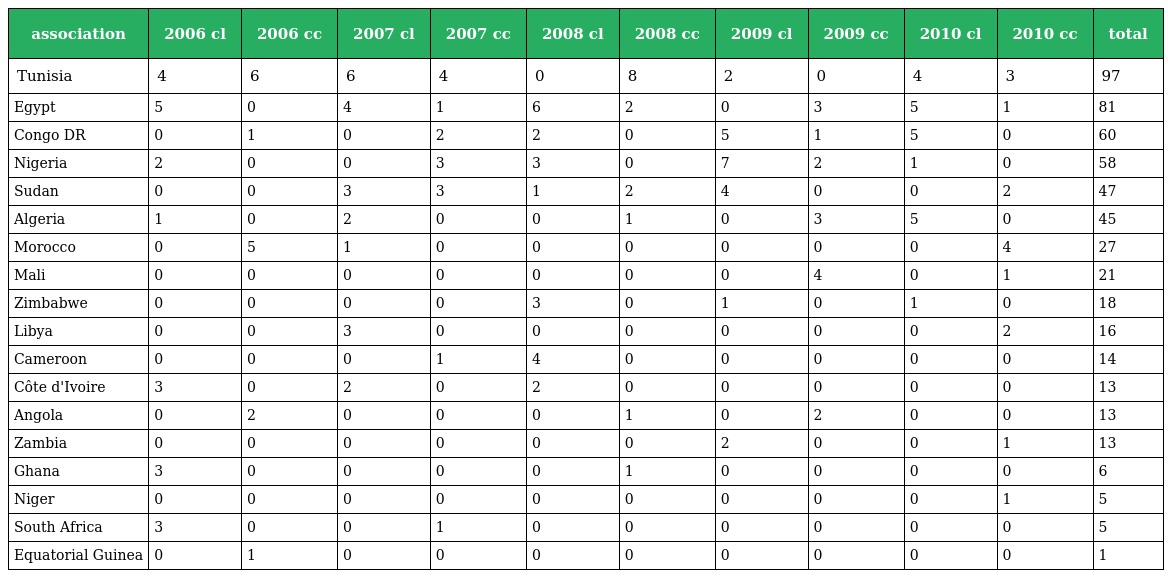
| association | 2006 cl | 2006 cc | 2007 cl | 2007 cc | 2008 cl | 2008 cc | 2009 cl | 2009 cc | 2010 cl | 2010 cc | total |
 | --- | --- | --- | --- | --- | --- | --- | --- | --- | --- | --- | --- |
 | Tunisia | 4 | 6 | 6 | 4 | 0 | 8 | 2 | 0 | 4 | 3 | 97 |
 | Egypt | 5 | 0 | 4 | 1 | 6 | 2 | 0 | 3 | 5 | 1 | 81 |
 | Congo DR | 0 | 1 | 0 | 2 | 2 | 0 | 5 | 1 | 5 | 0 | 60 |
 | Nigeria | 2 | 0 | 0 | 3 | 3 | 0 | 7 | 2 | 1 | 0 | 58 |
 | Sudan | 0 | 0 | 3 | 3 | 1 | 2 | 4 | 0 | 0 | 2 | 47 |
 | Algeria | 1 | 0 | 2 | 0 | 0 | 1 | 0 | 3 | 5 | 0 | 45 |
 | Morocco | 0 | 5 | 1 | 0 | 0 | 0 | 0 | 0 | 0 | 4 | 27 |
 | Mali | 0 | 0 | 0 | 0 | 0 | 0 | 0 | 4 | 0 | 1 | 21 |
 | Zimbabwe | 0 | 0 | 0 | 0 | 3 | 0 | 1 | 0 | 1 | 0 | 18 |
 | Libya | 0 | 0 | 3 | 0 | 0 | 0 | 0 | 0 | 0 | 2 | 16 |
 | Cameroon | 0 | 0 | 0 | 1 | 4 | 0 | 0 | 0 | 0 | 0 | 14 |
 | Côte d'Ivoire | 3 | 0 | 2 | 0 | 2 | 0 | 0 | 0 | 0 | 0 | 13 |
 | Angola | 0 | 2 | 0 | 0 | 0 | 1 | 0 | 2 | 0 | 0 | 13 |
 | Zambia | 0 | 0 | 0 | 0 | 0 | 0 | 2 | 0 | 0 | 1 | 13 |
 | Ghana | 3 | 0 | 0 | 0 | 0 | 1 | 0 | 0 | 0 | 0 | 6 |
 | Niger | 0 | 0 | 0 | 0 | 0 | 0 | 0 | 0 | 0 | 1 | 5 |
 | South Africa | 3 | 0 | 0 | 1 | 0 | 0 | 0 | 0 | 0 | 0 | 5 |
 | Equatorial Guinea | 0 | 1 | 0 | 0 | 0 | 0 | 0 | 0 | 0 | 0 | 1 |